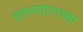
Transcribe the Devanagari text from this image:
वतनदाराच्या